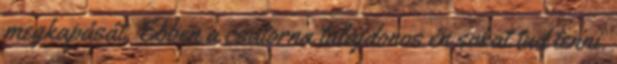
megkapását. Ebben a csatorna tulajdonos én sokat tud tenni.